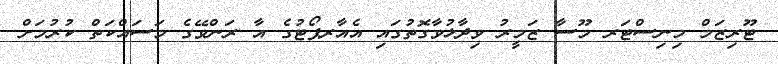
ޓޫރިޒަމް މިނިސްޓަރ މޫސާ ޒަމީރު ވިދާޅުވާގޮތުގައި އެއާރޕޯޓުގެ އާ ރަންވޭގެ މަސައްކަތް ކުރުމަށް